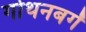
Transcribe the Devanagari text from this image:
गोथनबर्गं